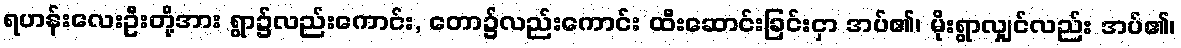
ရဟန်းလေးဦးတို့အား ရွာ၌လည်းကောင်း, တော၌လည်းကောင်း ထီးဆောင်းခြင်းငှာ အပ်၏၊ မိုးရွာလျှင်လည်း အပ်၏၊